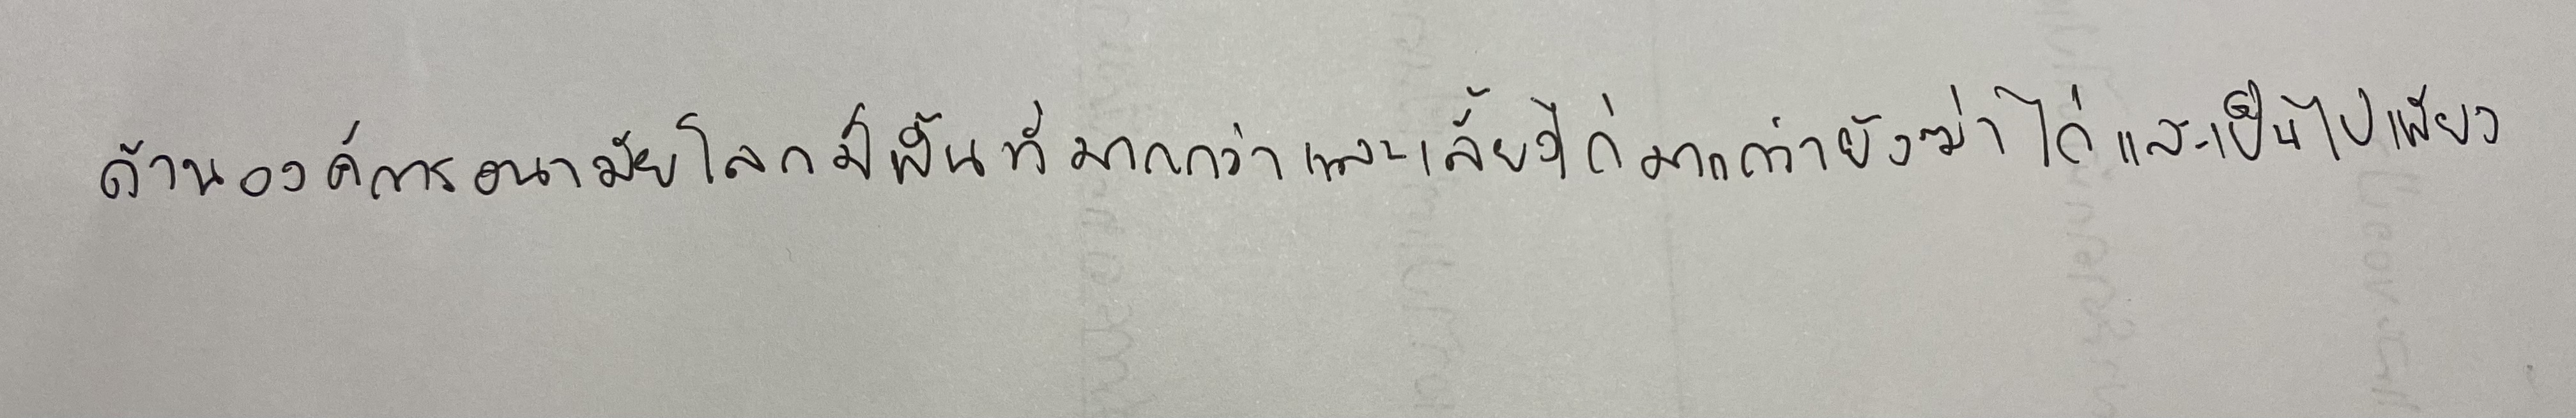
ด้านองค์การอนามัยโลกมีพื้นที่มากกว่าและเลี้ยงไก่มากกว่ายังฆ่าไก่และเป็ดไปเพียง